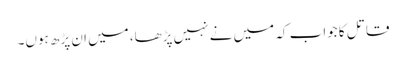
قاتل کا جواب کہ میں نے نہیں پڑھا، میں ان پڑھ ہوں۔